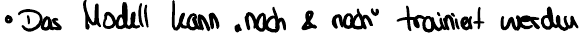
Das Modell kann "nach & nach" trainiert werden